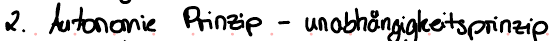
2. Autonomie Prinzip - unabhängigkeitsprinzip